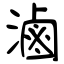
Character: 滷